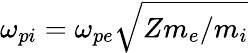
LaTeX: \omega_{pi}=\omega_{pe}\sqrt{Zm_{e}/m_{i}}